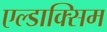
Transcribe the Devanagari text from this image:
एल्डाक्सिम